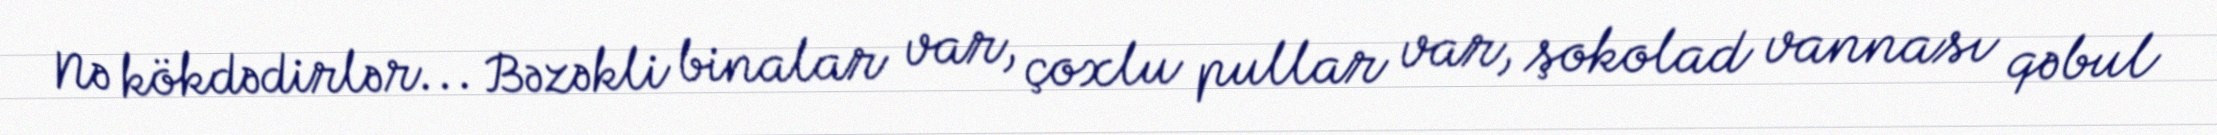
Nə kökdədirlər... Bəzəkli binalar var, çoxlu pullar var, şokolad vannası qəbul